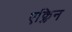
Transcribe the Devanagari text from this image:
एक्लिन